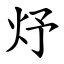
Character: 㶦